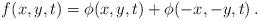
LaTeX: \begin{align*}f(x, y, t) = \phi(x, y, t) + \phi( -x, -y, t)\,.\end{align*}